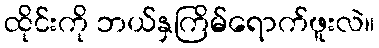
ထိုင်းကို ဘယ်နှကြိမ်ရောက်ဖူးလဲ။